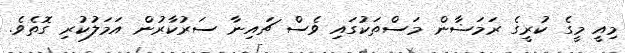
މިއީ މީގެ ކުރީގެ ރަމަޟާން މަސްތަކުގައި ވެސް ޗައިނާ ސަރުކާރުން އަމަލުކުރި ގޮތެވެ.